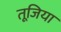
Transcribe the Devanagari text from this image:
तूजिया